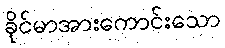
ခိုင်မာအားကောင်းသော